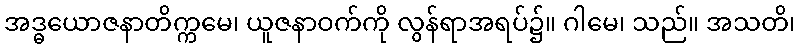
အဒ္ဓယောဇနာတိက္ကမေ၊ ယူဇနာဝက်ကို လွန်ရာအရပ်၌။ ဂါမေ၊ သည်။ အသတိ၊